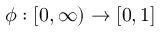
\phi : [ 0 , \infty ) \rightarrow [ 0 , 1 ]